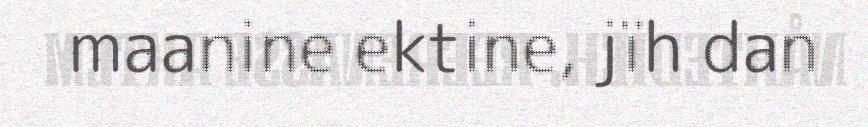
maanine ektine, jïh dan